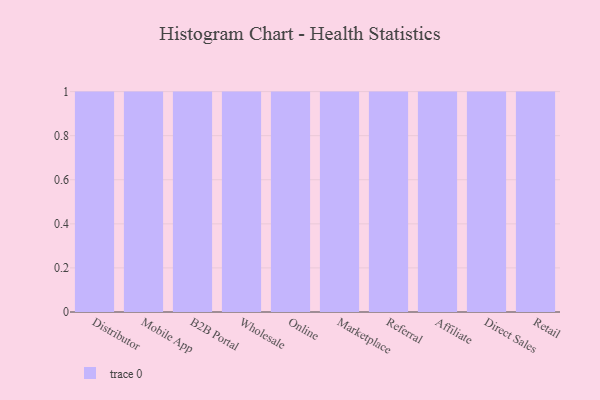
{"axis": {"x": "Channel", "y": "LTV (USD)"}, "legend": [""], "data": [{"x": "Distributor", "y": 52, "type": ""}, {"x": "Mobile App", "y": 18, "type": ""}, {"x": "B2B Portal", "y": 89, "type": ""}, {"x": "Wholesale", "y": 3, "type": ""}, {"x": "Online", "y": 98, "type": ""}, {"x": "Marketplace", "y": 9, "type": ""}, {"x": "Referral", "y": 5, "type": ""}, {"x": "Affiliate", "y": 23, "type": ""}, {"x": "Direct Sales", "y": 78, "type": ""}, {"x": "Retail", "y": 39, "type": ""}]}